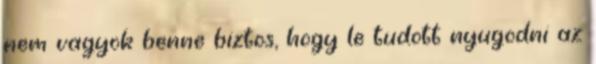
nem vagyok benne biztos, hogy le tudott nyugodni az